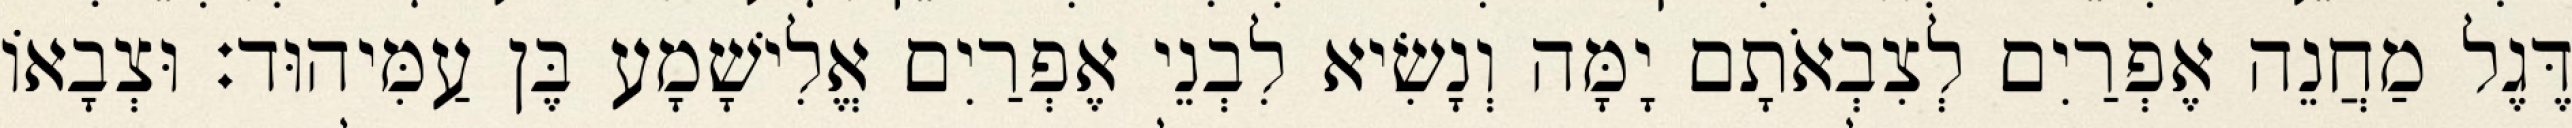
דֶּגֶל מַחֲנֵה אֶפְרַיִם לְצִבְאֹתָם יָמָּה וְנָשִׂיא לִבְנֵי אֶפְרַיִם אֱלִישָׁמָע בֶּן עַמִּיהוּד׃ וּצְבָאוֹ